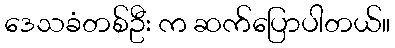
ဒေသခံတစ်ဦး က ဆက်ပြောပါတယ်။